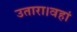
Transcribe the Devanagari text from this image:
उतारा।वहां